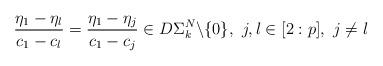
LaTeX: \begin{align*}\frac{\eta_1-\eta_l}{c_1-c_l}=\frac{\eta_1-\eta_j}{c_1-c_j} \in D\Sigma_k^N\backslash\{0\},\,\,j,l \in[2:p],\,\,j\neq l\end{align*}